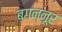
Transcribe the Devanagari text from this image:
बगन्नूर